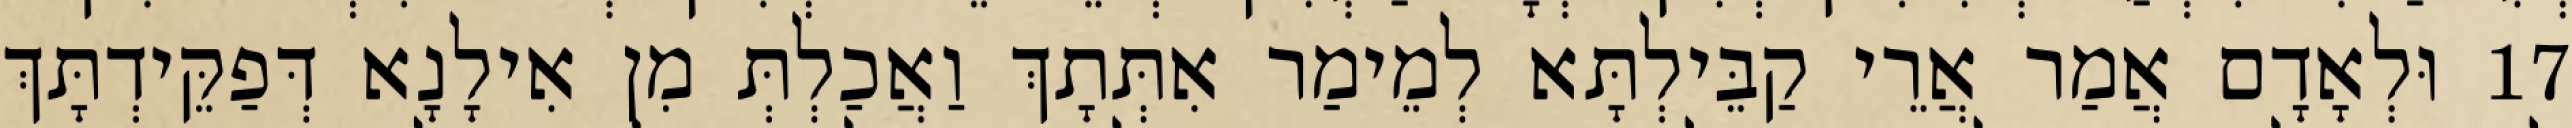
17 וּלְאָדָם אֲמַר אֲרֵי קַבֵּילְתָּא לְמֵימַר אִתְּתָךְ וַאֲכַלְתְּ מִן אִילָנָא דְּפַקֵּידְתָּךְ